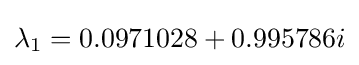
\lambda _{1}=0.0971028+0.995786i